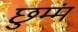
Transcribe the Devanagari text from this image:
छुम्मं